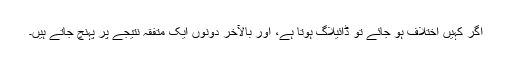
اگر کہیں اختلاف ہو جائے تو ڈائیلاگ ہوتا ہے، اور بالآخر دونوں ایک متفقہ نتیجے پر پہنچ جاتے ہیں۔